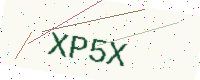
Text: XP5X